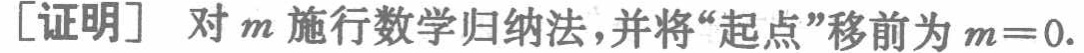
[证明] 对 \(m\) 施行数学归纳法,并将“起点”移前为 \(m = 0\).